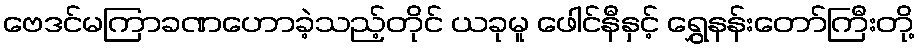
ဗေဒင်မကြာခဏဟောခဲ့သည့်တိုင် ယခုမူ ဖေါင်နီနှင့် ရွှေနန်းတော်ကြီးတို့